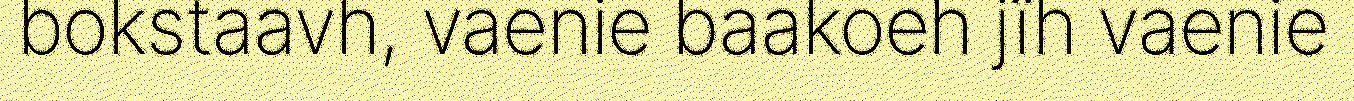
bokstaavh, vaenie baakoeh jïh vaenie